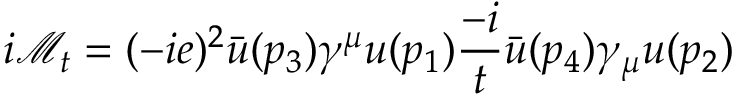
i { \mathcal { M } } _ { t } = ( - i e ) ^ { 2 } { \bar { u } } ( p _ { 3 } ) \gamma ^ { \mu } u ( p _ { 1 } ) { \frac { - i } { t } } { \bar { u } } ( p _ { 4 } ) \gamma _ { \mu } u ( p _ { 2 } )